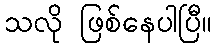
သလို ဖြစ်နေပါပြီ။